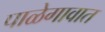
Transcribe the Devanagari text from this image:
पाळेगावात